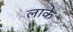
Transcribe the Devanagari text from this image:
लाके